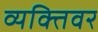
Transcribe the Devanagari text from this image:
व्यक्तिवर